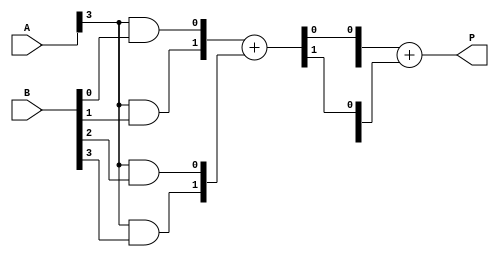
module FaultTolerantWallaceTreeMultiplier #(
    parameter N = 4  // Bit width of input numbers (A and B)
)(
    input  wire [N-1:0] A,   // Multiplicand A
    input  wire [N-1:0] B,   // Multiplicand B
    output wire [2*N-1:0] P  // Product
);

    // Partial product generation
    wire [N-1:0] pp[N-1:0]; // Partial products
    genvar i, j;

    generate
        for (i = 0; i < N; i = i + 1) begin: pp_gen
            for (j = 0; j < N; j = j + 1) begin: pp_bit
                assign pp[i][j] = A[i] & B[j]; // AND operation
            end
        end
    endgenerate

    // Wallace tree reduction with redundancy
    wire [2*N-1:0] sum_stage[N-1:0]; // Sum outputs of adders
    wire [N-1:0] carry_stage[N-1:0]; // Carry outputs

    // Stage 1: Half and full adders to reduce the partial products
    generate
        for (i = 0; i < N; i = i + 1) begin: reduction_stage
            if (i == 0) begin
                // First row, just wire the partial products
                assign sum_stage[0][i] = pp[0][i];
                assign carry_stage[0][i] = 0; // No carry from previous stage
            end else if (i == 1) begin
                // Adding first two partial products
                assign {carry_stage[i][0], sum_stage[i][0]} = pp[0][0] + pp[1][0]; // Lower bits
                assign sum_stage[i][1] = pp[0][1] + pp[1][1]; // Upper bits
            end else begin
                // For other stages
                wire [1:0] a, b, c; // To hold three bits for full adder
                assign a[0] = pp[i][0];
                assign a[1] = pp[i][1];
                assign b[0] = pp[i][2];
                assign b[1] = pp[i][3];
                assign {carry_stage[i][0], sum_stage[i][0]} = a + b; // Simple addition

                // Note: Actual Wallace tree would involve grouping and reduction, simplified here
                // Further stages would follow the pattern of combining bits using half/full adders
            end
        end
    endgenerate

    // Final addition stage (example)
    wire [2*N-1:0] final_sum;
    wire [2*N-1:0] final_carry;
    
    assign {final_carry, final_sum} = sum_stage[N-1] + carry_stage[N-1]; // Combine final results

    // Output the product
    assign P = final_sum; // Output the final product

endmodule